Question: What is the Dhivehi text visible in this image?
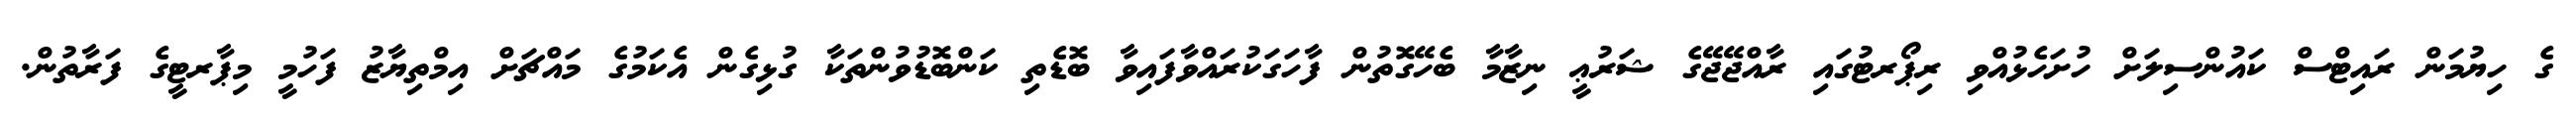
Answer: ގެ ހިޔުމަން ރައިޓްސް ކައުންސިލަށް ހުށަހެޅުއްވި ރިޕޯރޓުގައި ރާއްޖޭޖޭގެ ޝަރުޢީ ނިޒާމާ ބެހޭގޮތުން ފާހަގަކުރައްވާފައިވާ ބޮޑެތި ކަންބޮޑުވުންތަކާ ގުޅިގެން އެކަމުގެ މައްޗަށް އިމްތިޔާޒު ފަހުމީ މިޕާރޓީގެ ފަރާތުން.